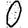
Digit: 0